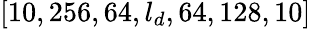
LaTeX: [10,256,64,l_{d},64,128,10]